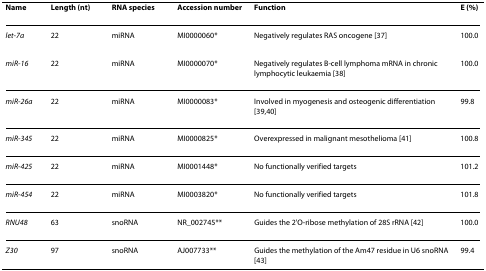
| Name | Length (nt) | RNA species | Accession number | Function | E (%) |
 | --- | --- | --- | --- | --- | --- |
 | let-7a | 22 | miRNA | MI0000060* | Negatively regulates RAS oncogene [37] | 100.0 |
 | miR-16 | 22 | miRNA | MI0000070* | Negatively regulates B-cell lymphoma mRNA in chronic lymphocytic leukaemia [38] | 100.0 |
 | miR-26a | 22 | miRNA | MI0000083* | Involved in myogenesis and osteogenic differentiation [39,40] | 99.8 |
 | miR-345 | 22 | miRNA | MI0000825* | Overexpressed in malignant mesothelioma [41] | 100.8 |
 | miR-425 | 22 | miRNA | MI0001448* | No functionally verified targets | 101.2 |
 | miR-454 | 22 | miRNA | MI0003820* | No functionally verified targets | 101.8 |
 | RNU48 | 63 | snoRNA | NR_002745** | Guides the 2'O-ribose methylation of 28S rRNA [42] | 100.0 |
 | Z30 | 97 | snoRNA | AJ007733** | Guides the methylation of the Am47 residue in U6 snoRNA [43] | 99.4 |